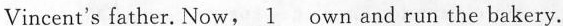
Vincent's father. Now, \underline{1} own and run the bakery.